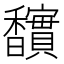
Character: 𮩱